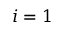
i = 1